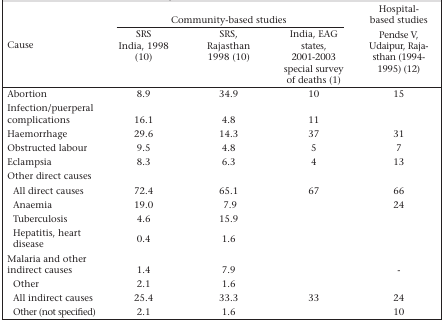
<table><thead><tr><td rowspan="2"><b>Cause</b></td><td colspan="3"><b>Community-based studies</b></td><td><b>Hospital- based studies</b></td></tr><tr><td><b>SRS India, 1998 (10)</b></td><td><b>SRS, Rajasthan 1998 (10)</b></td><td><b>India, EAG states, 2001-2003 special survey of deaths (1)</b></td><td><b>Pendse V, Udaipur, Rajasthan (1994-1995) (12)</b></td></tr></thead><tbody><tr><td>Abortion</td><td>8.9</td><td>34.9</td><td>10</td><td>15</td></tr><tr><td>Infection/puerperal complications</td><td>16.1</td><td>4.8</td><td>11</td><td></td></tr><tr><td>Haemorrhage</td><td>29.6</td><td>14.3</td><td>37</td><td>31</td></tr><tr><td>Obstructed labour</td><td>9.5</td><td>4.8</td><td>5</td><td>7</td></tr><tr><td>Eclampsia</td><td>8.3</td><td>6.3</td><td>4</td><td>13</td></tr><tr><td>Other direct causes</td><td></td><td></td><td></td><td></td></tr><tr><td>All direct causes</td><td>72.4</td><td>65.1</td><td>67</td><td>66</td></tr><tr><td>Anaemia</td><td>19.0</td><td>7.9</td><td></td><td>24</td></tr><tr><td>Tuberculosis</td><td>4.6</td><td>15.9</td><td></td><td></td></tr><tr><td>Hepatitis, heart disease</td><td>0.4</td><td>1.6</td><td></td><td></td></tr><tr><td>Malaria and other indirect causes</td><td>1.4</td><td>7.9</td><td></td><td>-</td></tr><tr><td>Other</td><td>2.1</td><td>1.6</td><td></td><td></td></tr><tr><td>All indirect causes</td><td>25.4</td><td>33.3</td><td>33</td><td>24</td></tr><tr><td>Other (not specified)</td><td>2.1</td><td>1.6</td><td></td><td>10</td></tr></tbody></table>